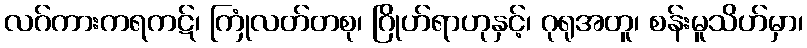
လဂ်ကားကရကဋ်၊ ကြုံလတ်တစု၊ ဂြိုဟ်ရာဟုနှင့်၊ ဂုရုအတူ၊ စန်းမူသိဟ်မှာ၊